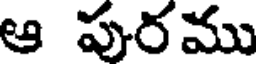
ఆ పురము